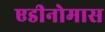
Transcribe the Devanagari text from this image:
एडीनोमास